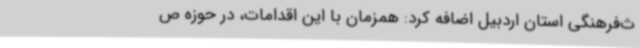
ث‌فرهنگی استان اردبیل اضافه کرد: همزمان با این اقدامات، در حوزه ص